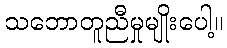
သဘောတူညီမှုမျိုးပေါ့။